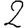
Digit: 2